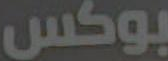
بوكس